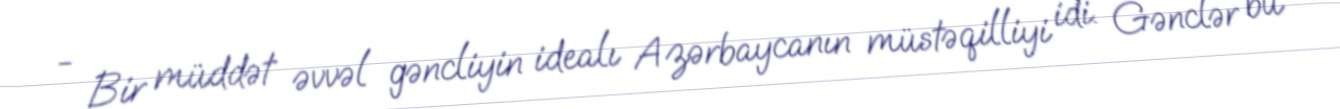
- Bir müddət əvvəl gəncliyin idealı Azərbaycanın müstəqilliyi idi. Gənclər bu